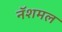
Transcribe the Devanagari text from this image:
नॅशमल